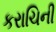
કરાચિની